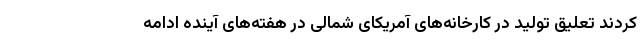
کردند تعلیق تولید در کارخانه‌های آمریکای شمالی در هفته‌های آینده ادامه